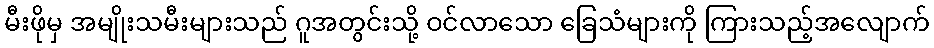
မီးဖိုမှ အမျိုးသမီးများသည် ဂူအတွင်းသို့ ဝင်လာသော ခြေသံများကို ကြားသည့်အလျောက်